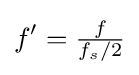
f'={\tfrac {f}{f_{s}/2}}